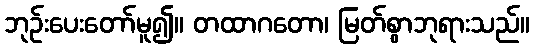
ဘုဉ်းပေးတော်မူ၍။ တထာဂတော၊ မြတ်စွာဘုရားသည်။